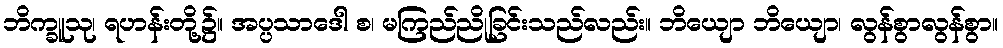
ဘိက္ခူသု၊ ရဟန်းတို့၌။ အပ္ပသာဒေါ စ၊ မကြည်ညိုခြင်းသည်လည်း။ ဘိယျော ဘိယျော၊ လွန်စွာလွန်စွာ။